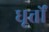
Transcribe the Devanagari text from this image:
धूर्त्तों